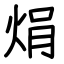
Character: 焆